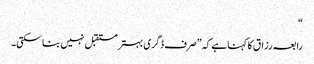
“
رابعہ رزاق کا کہنا ہے کہ ”صرف ڈگری بہتر مستقبل نہیں بنا سکتی۔